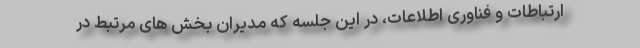
ارتباطات و فناوری اطلاعات، در این جلسه که مدیران بخش های مرتبط در